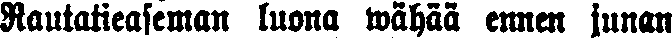
Rautatieaseman luona wähää ennen junan